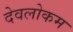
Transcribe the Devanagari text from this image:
देवलोकम